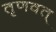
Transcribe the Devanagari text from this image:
तृणवत्